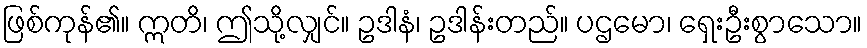
ဖြစ်ကုန်၏။ ဣတိ၊ ဤသို့လျှင်။ ဥဒါနံ၊ ဥဒါန်းတည်။ ပဌမော၊ ရှေးဦးစွာသော။